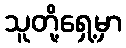
သူတို့ရှေ့မှာ